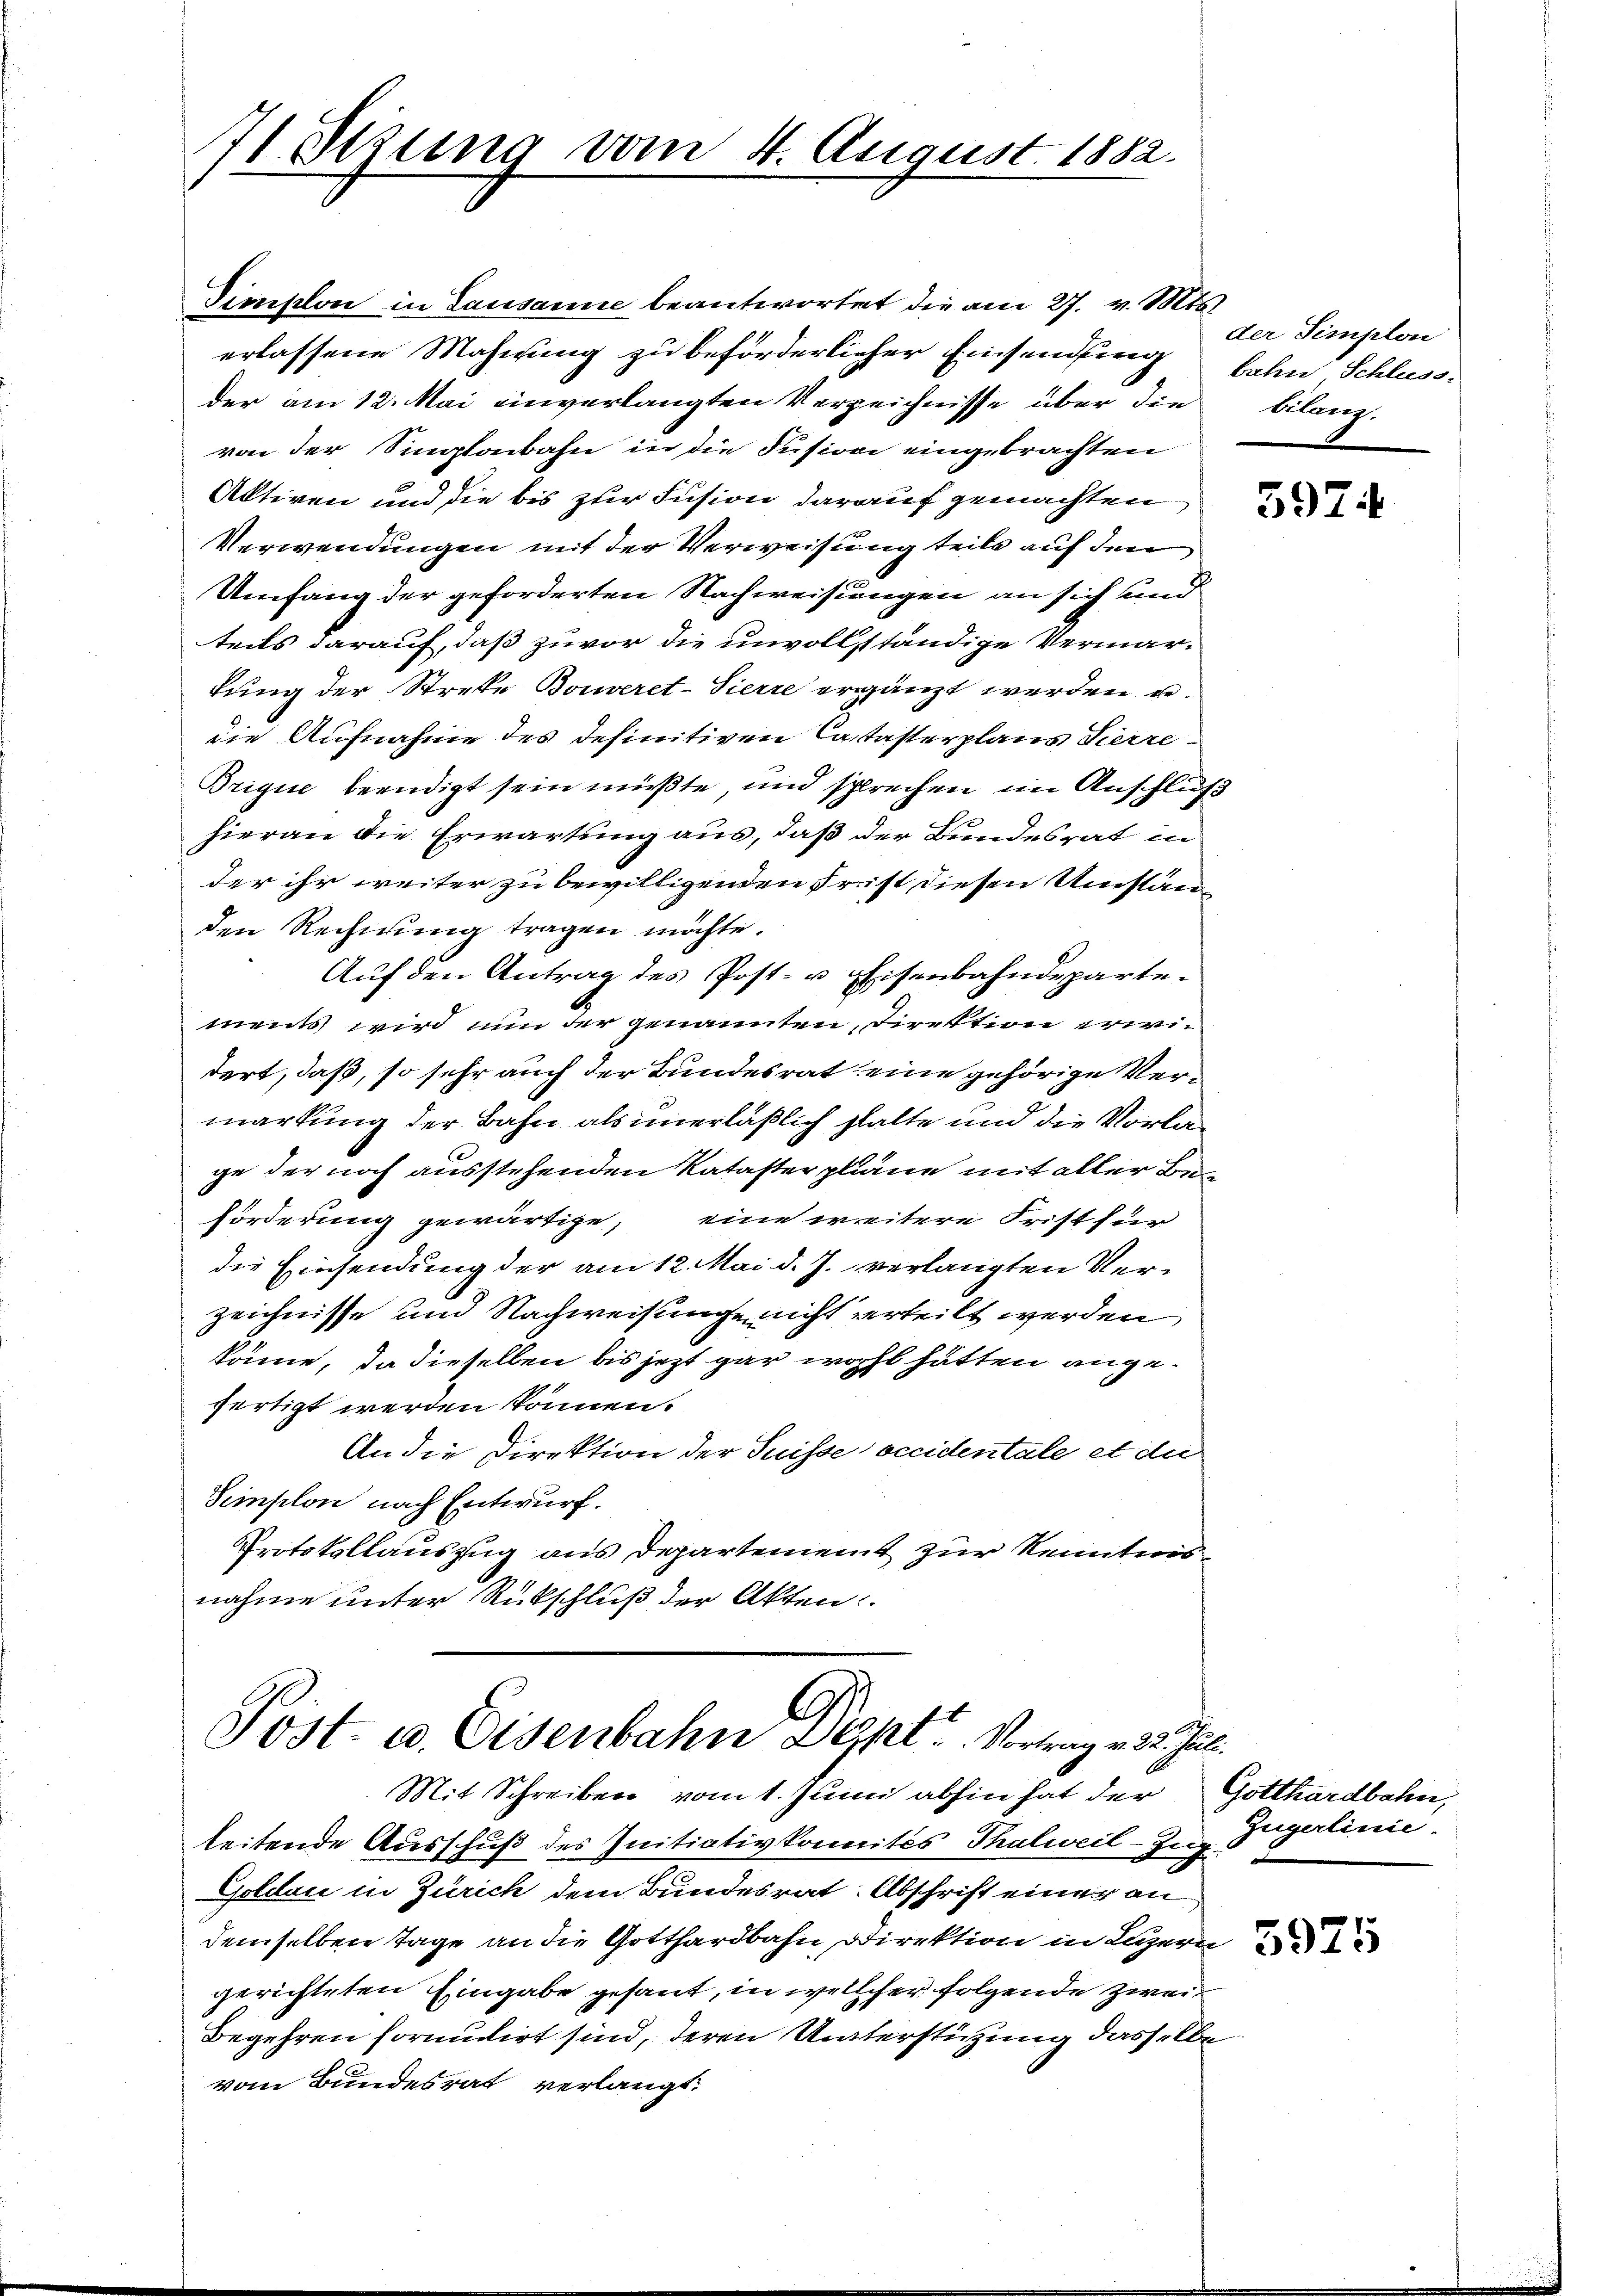
71 Sezung vom 4. August 1882.

Dimplon in Lausanne beantwortet die am 27. v. Mts.
erlassene Mahnung zu beförderlicher Einsendung bahn Schluss
der am 12. Mai einverlangten Verzeichnisse über die
von der Singlaubahn in die Fusion eingebrachten
Aktiven und die bis zur Fusion darauf gemachten
Verwendungen mit der Verweisung teils auf den
Umfang der geforderten Nachweisungen an sich und
teils darauf, daß zuvor die unvollständige Vermartung der Streke Bouveret-Pierre ergänzt werden u.
die Aufnahme des definitiven Castasterplanz Vierre
Brique beendigt sein müßte, und sprechen im Anschluß
hieran die Erwartung aus, daß der Bundesrat in
der ihr weiter zu bewilligenden Fr. ist diesen Umstän-
den Rechnung tragen möchte.
Auf den Antrag des Post- u Eisenbahndepartements wird nun der genannten Direktion erwidert, daß, so sehr auch der Bundesrat eine gehörige Vermarkung der Bahn als unerläßlich halte und die Vorlage der noch ausstehenden Kataster plane mit aller Beförderung gewärtige, eine weitere Frist für
die Einsendung der am 12. Mai d. J. verlangten Verzeichnisse und Nachweisunge nicht verteilt werden
könne, da dieselben bis jezt gar wohl hätten angefertigt werden können.
An die Direktion der Suisse occidentale et die
Semplon nach Entwurf.
Protokollauszug aus Departement zur Kenntnis
nahme unter Rückschluß der Akten:

Post. u. Eisenbahn Dept. Vertrag v. 2. Jul.

der Simplon
bilanz.

Mit Schreiben vom 1. Juni abhin hat der Gotthardbahn,
leitende Ausschuß des Initiativkomites Thalweil-Zug
Goldau in Zürich dem Bundesrat Abschrift einer an
demselben Tage an die Gotthardbahn Direktion in Luzern
gerichteten Eingabe gesant, in welcher folgende zwei
Begehren foruudirt sind, deren Unterstützung dasselbe
vom Bundesrat verlangt.

5974

Gugerlinie.